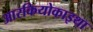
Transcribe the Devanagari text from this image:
आरकियोकाइथा